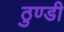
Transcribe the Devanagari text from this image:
ठुण्डी